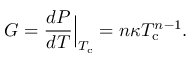
G = \frac { d P } { d T } \Bigr | _ { \substack { T _ { \mathrm { c } } } } = n \kappa T _ { \mathrm { c } } ^ { n - 1 } \mathrm { . }